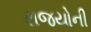
રાજયોની